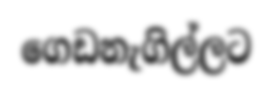
ගෙඩනැගිල්ලට